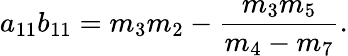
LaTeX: a_{11}b_{11}=m_{3}m_{2}-\frac{m_{3}m_{5}}{m_{4}-m_{7}}.